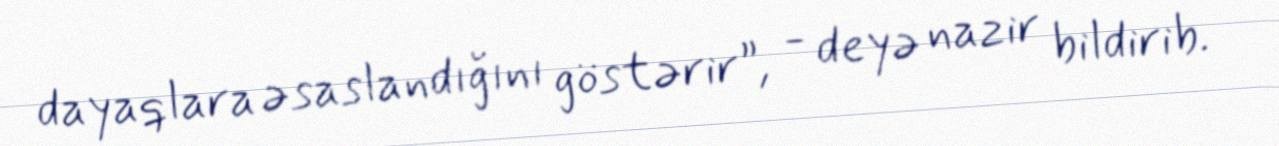
dayaqlara əsaslandığını göstərir”, - deyə nazir bildirib.